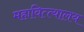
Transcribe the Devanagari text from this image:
महावित्त्यालय